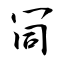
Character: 𠖄